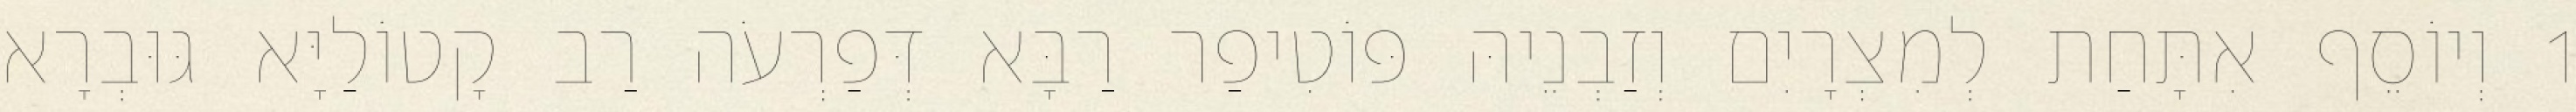
1 וְיוֹסֵף אִתָּחַת לְמִצְרָיִם וְזַבְנֵיהּ פּוֹטִיפַר רַבָּא דְּפַרְעֹה רַב קָטוֹלַיָּא גּוּבְרָא